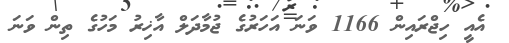
އެއީ ހިޖްރައިން 1166 ވަނަ އަހަރުގެ ޖުމާދަލް އާޚިރު މަހުގެ ތިން ވަނަ